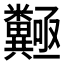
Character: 𱹩